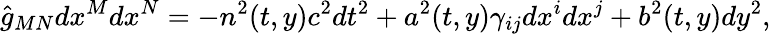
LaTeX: \hat{g}_{MN}dx^{M}dx^{N}=-n^{2}(t,y)c^{2}dt^{2}+a^{2}(t,y)\gamma_{ij}dx^{i}dx^{j}+b^{2}(t,y)dy^{2},